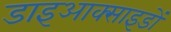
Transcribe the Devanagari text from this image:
डाइआक्साइडों